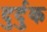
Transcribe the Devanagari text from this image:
दुर्दुक